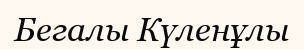
Бегалы Күленұлы